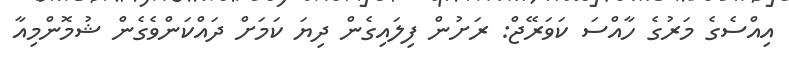
އިއްސެގެ މަރުގެ ހާއްސަ ކަވަރޭޖް: ރަށުން ފިލައިގެން ދިޔަ ކަމަށް ދައްކަންވެގެން ޝުމޮންމިއާ